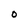
Character: O